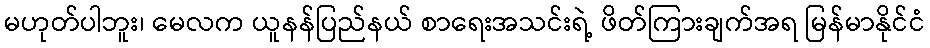
မဟုတ်ပါဘူး၊ မေလက ယူနန်ပြည်နယ် စာရေးအသင်းရဲ့ ဖိတ်ကြားချက်အရ မြန်မာနိုင်ငံ